Report on horse surra - Volume I
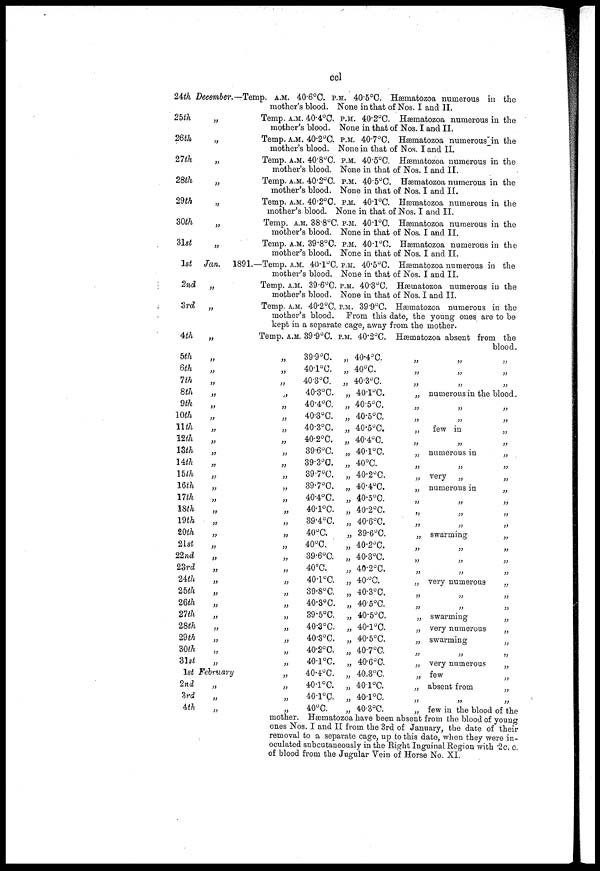
ccl
24th December.—Temp. A.M. 40.6°C. P.M. 40.5°C. Hæmatozoa numerous in the
25th
26th
27th
28th
29th
30th
31st
1st
2nd
3rd
4th
5th
6th
7th
8th
9th
10th
11th
12th
13th
14th
15th
16th
17th
18th
19th
20th
21st
22nd
23rd
24th
25th
26th
27th
28th
29th
30th
31st
„
„
„
„
„
„
„
Jan.
„
„
„
„
„
„
„
„
„
„
„
„
„
„
„
„
„
„
„
„
„
„
„
„
„
„
„
„
„
„
1st February
2nd
3rd
4th
„
„
„
mother's blood. None in that of Nos. I and II.
Temp. A.M. 40.4°C. P.M. 40.2°C. Hæmatozoa numerous in the
mother's blood. None in that of Nos. I and II.
Temp. A.M. 40.2°C. P.M. 40.7°C. Hæmatozoa numerous in the
mother's blood. None in that of Nos. I and II.
Temp. A.M. 40.8°C. P.M. 40.5°C. Hæmatozoa numerous in the
mother's blood. None in that of Nos. I and II.
Temp. A.M. 40.2°C. P.M. 40.5°C. Hæmatozoa numerous in the
mother's blood. None in that of Nos. I and II.
Temp. A.M. 40.2°C. P.M. 40.1°C. Hæmatozoa numerous in the
mother's blood. None in that of Nos. I and II.
Temp. A.M. 38.8°C. P.M. 40.1°C. Hæmatozoa numerous in the
mother's blood. None in that of Nos. I and II.
Temp. A.M. 39.8°C. P.M. 40.1°C. Hæmatozoa numerous in the
mother's blood. None in that of Nos. I and II.
1891.—Temp. A.M. 40.1°C. P.M. 40.5°C. Hæmatozoa numerous in the
mother's blood. None in that of Nos. I and II.
Temp. A.M. 39.6°C. P.M. 40.3°C. Hæmatozoa numerous in the
mother's blood. None in that of Nos. I and II.
Temp. A.M. 40.2°C. P.M. 39.9°C. Hæmatozoa numerous in the
mother's blood. From this date, the young ones are to be
kept in a separate cage, away from the mother.
Temp. A.M. 39.9°C. P.M. 40.2°C. Hæmatozoa absent from the
blood.
„
„
„
„
„
„
„
„
„
„
„
„
„
„
„
„
„
„
„
„
„
„
„
„
„
„
„
„
„
„
„
39.9°C.
40.1°C.
40.3°C.
40.3°C.
40.4°C.
40.3°C.
40.3°C.
40.2°C.
39.6°C.
39.3°C.
39.7°C.
39.7°C.
40.4°C.
40.1°C.
39.4°C.
40°C.
40°C.
39.6°C.
40°C.
40.1°C.
39.8°C.
40.3°C.
39.5°C.
40.3°C.
40.3°C.
40.2°C.
40.1°C.
40.4°C.
40.1°C.
40.1°C.
40°C.
„ 40.4°C.
„ 40°C.
„ 40.3°C.
„ 40.1°C.
„ 40.5°C.
„ 40.5°C.
„ 40.5°C.
„ 40.4°C.
„ 40.1°C.
„ 40°C.
„ 40.2°C.
„ 40.4°C.
„ 40.5°C.
„ 40.2°C.
„ 40.6°C.
„ 39.6°C.
„ 40.2°C.
„ 40.3°C.
„ 40.2°C.
„ 40.°C.
„ 40.3°C.
„
40.5°C.
„ 40.5°C.
„ 40.1°C.
„ 40.5°C.
„ 40.7°C.
„
40.6°C.
„ 40.3°C.
„ 40.1°C.
„ 40.1°C.
„ 40.3°C.
„
„
„
„
„
„
„
„
„
„ numerous in the blood.
„
„
„
„
„
few in
„
„
„ numerous in
„
„
„ very
„
„ numerous in
„
„
„
„
„
„
„
swarming
„
„
„
„
„
„
„ very numerous
„
„
„
„
„ swarming
„ very numerous
„
swarming
„
„
„ very numerous
„
few
„ absent from
„
„
„
„
„
„
„
„
„
„
„
„
„
„
„
„
„
„
„
„
„
„
„
„
„
„
„
„
„ few in the blood of the
mother. Hæmatozoa have been absent from the blood of young
ones Nos. I and II from the 3rd of January, the date of their
removal to a separate cage, up to this date, when they were in-
oculated subcutaneously in the Right Inguinal Region with 2 c.c.
of blood from the Jugular Vein of Horse No. XI.